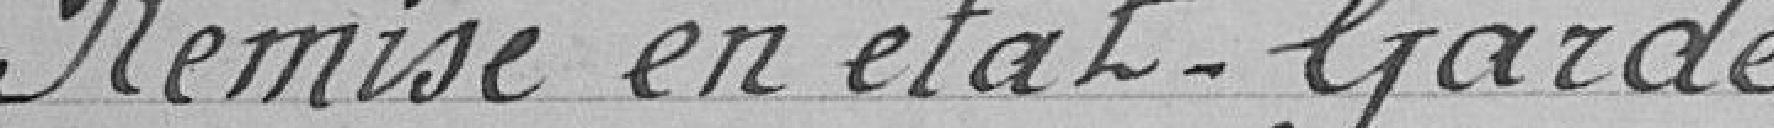
Remise en état - Garde